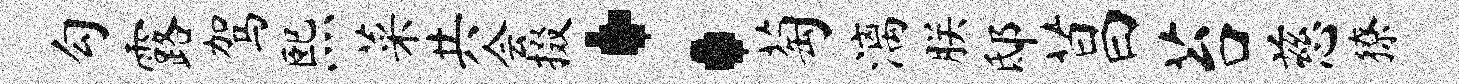
勾露驾熙菜共会掇：萄漓朕邸菖苔慈獠